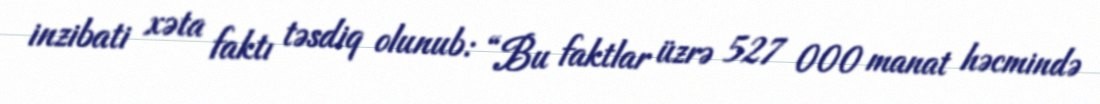
inzibati xəta faktı təsdiq olunub: “Bu faktlar üzrə 527 000 manat həcmində